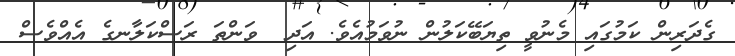
ގެދަރިން ކަމުގައި މެނުވީ ތިޔަބޭކަލުން ނުވަމުއެވެ. އަދި  ވަންތަ ރަސްކަލާނގެ އެއްވެސް